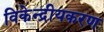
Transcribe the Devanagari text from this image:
विकेन्द्रीयकरण